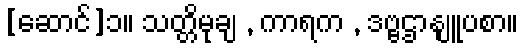
[ဆောင်]၁။ သတ္တိမုချ , ကာရက , ဒဗ္ဗဌာနျူပစာ။